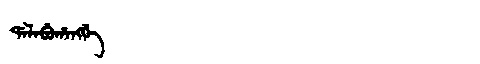
Manchu: ᡩᠠᠯᠠᠪᡠᡥᠠᠩᡤᡝ
Romanization: DALABUHANGGE